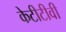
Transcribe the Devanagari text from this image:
केटीटीवी